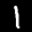
Label: 1